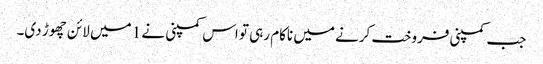
جب کمپنی فروخت کرنے میں ناکام رہی تو اس کمپنی نے 1 میں لائن چھوڑ دی۔